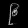
Digit: ၉